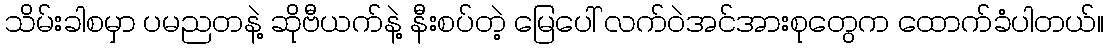
သိမ်းခါစမှာ ပမညတနဲ့ ဆိုဗီယက်နဲ့ နီးစပ်တဲ့ မြေပေါ် လက်ဝဲအင်အားစုတွေက ထောက်ခံပါတယ်။